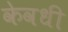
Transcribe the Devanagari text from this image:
केवधी